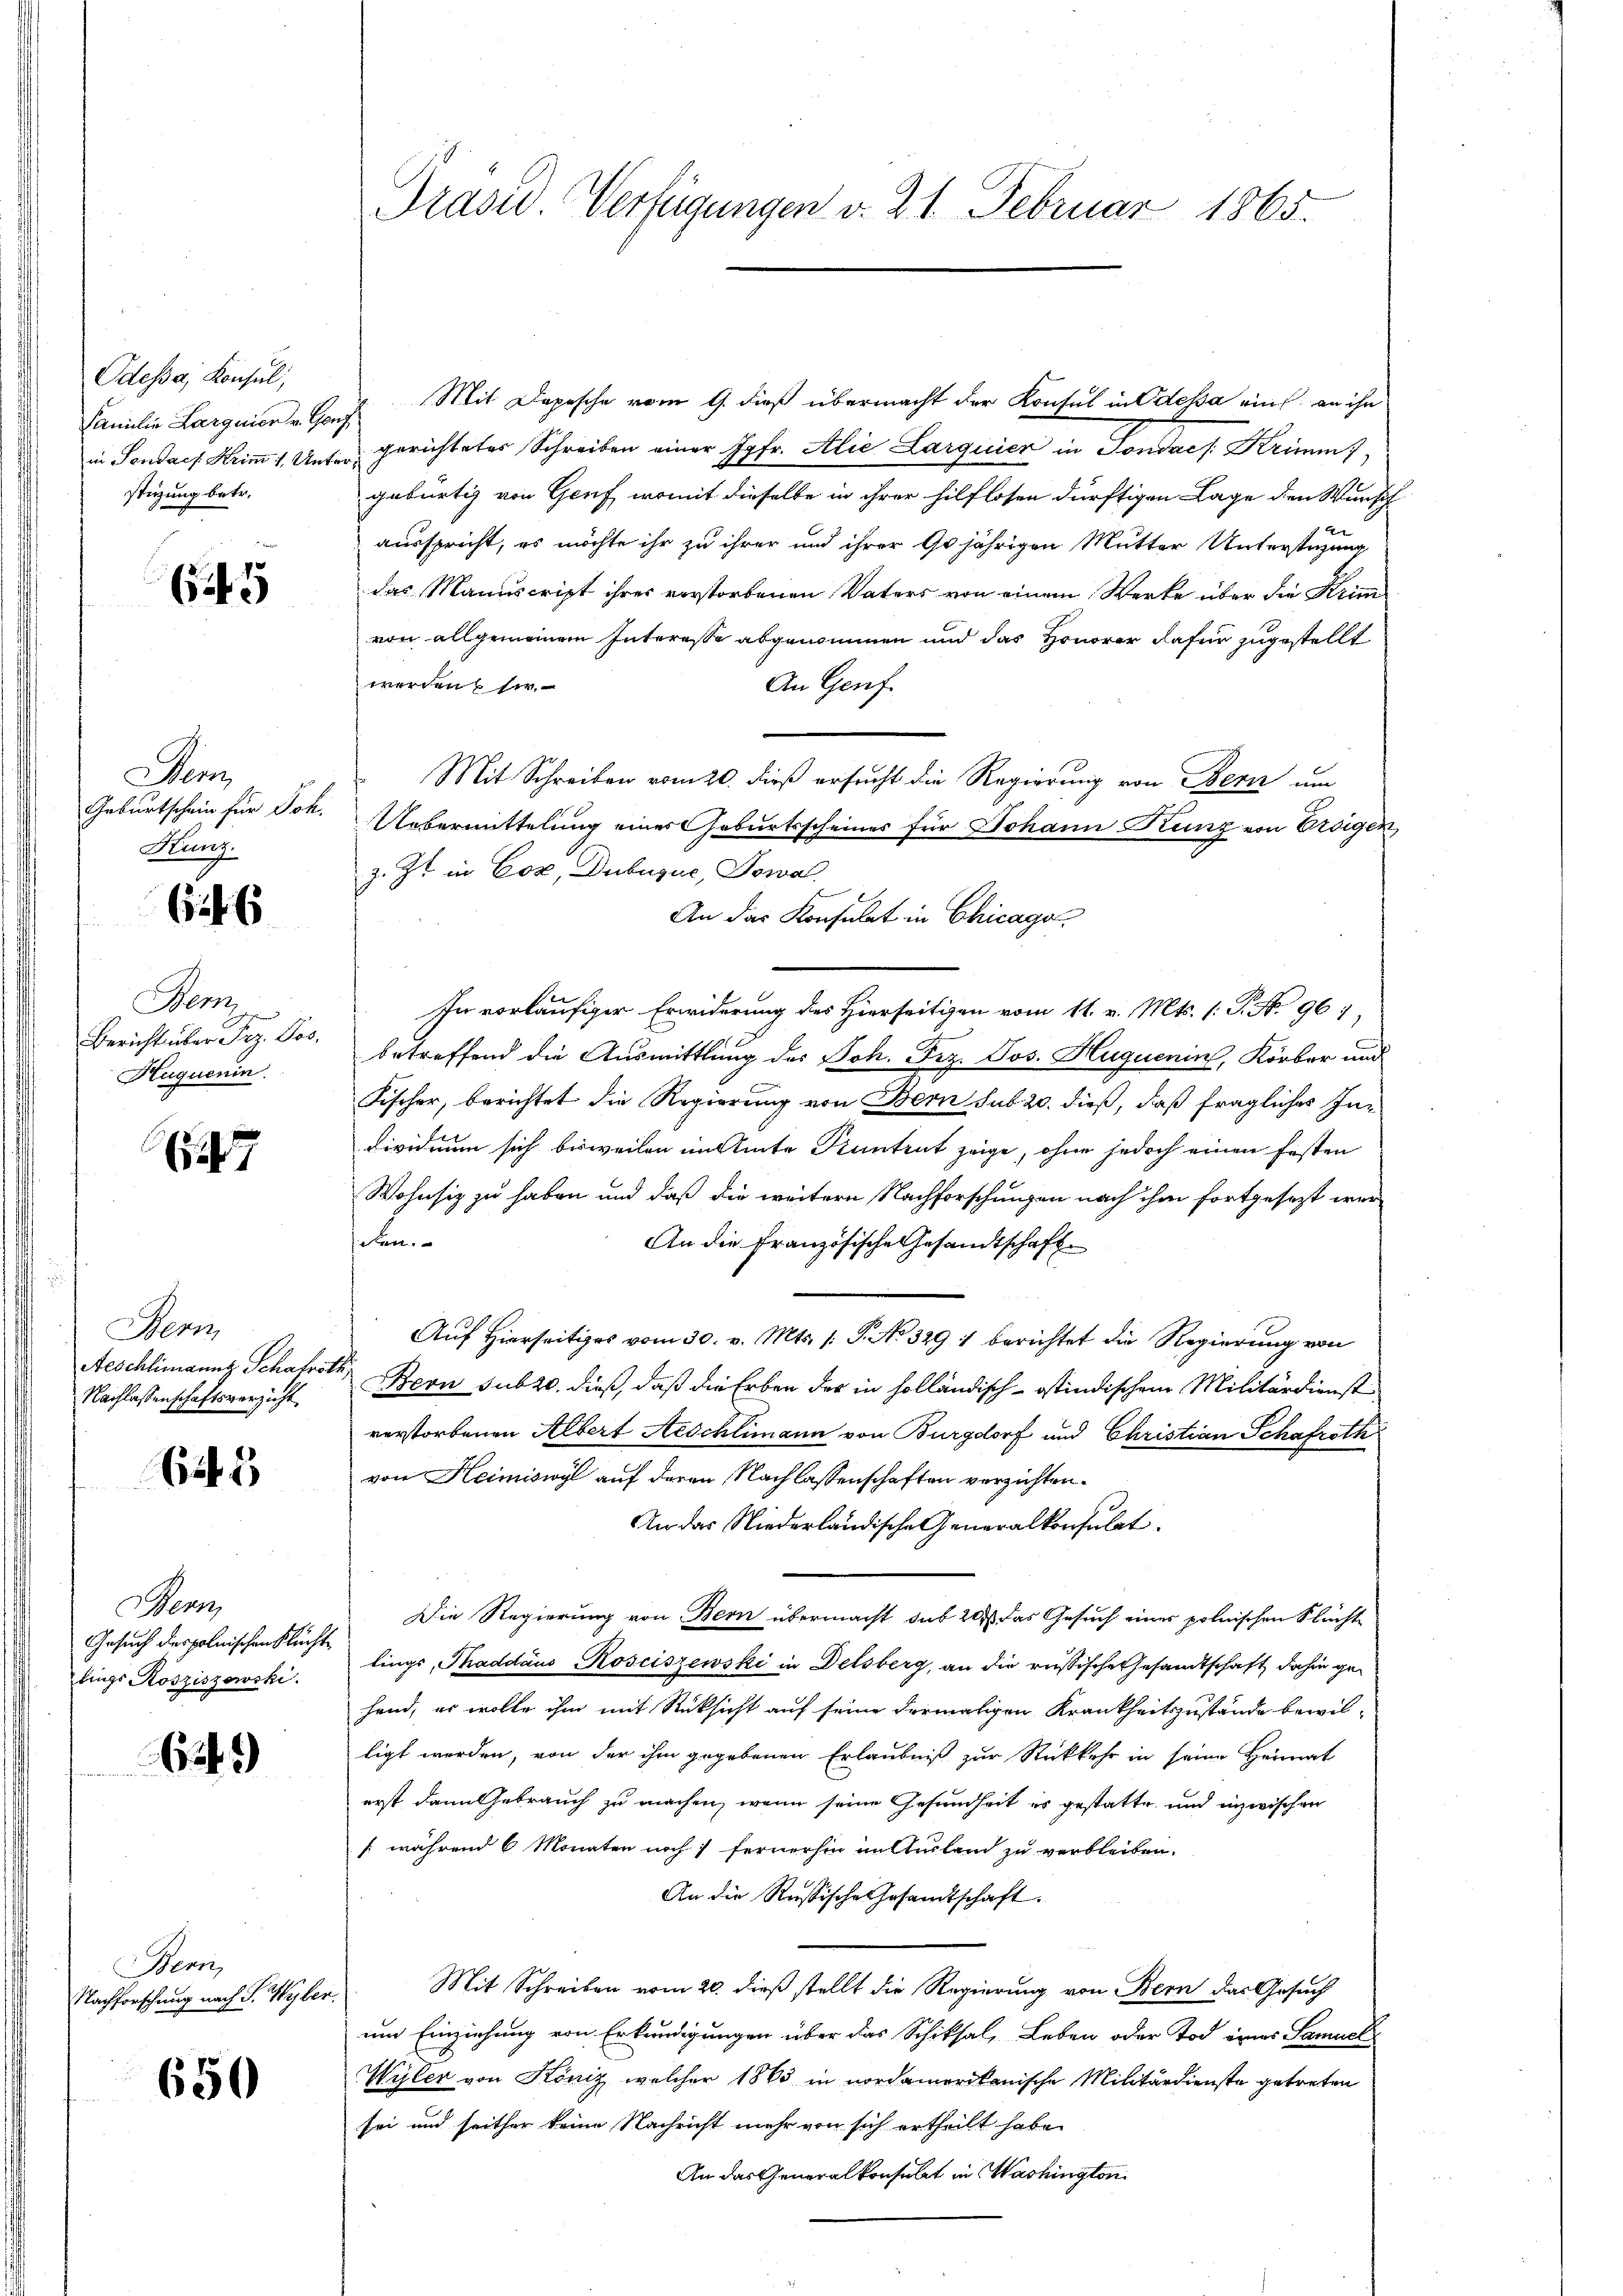
Odessa, Konsul,
Familie Larguier v. Genf
in Pendach Krim 1. Unterstigung betr.

55

em
Geburtschein für Joh.
Kunz.

66

Henz
Huquenin.

247

Bern,
Aeschlimanns Schafroth,
Nachlassenschaftsverzicht.

61

Bern,
Gesuch des polnischen Flüchte
lings Rösziszowski.

629)

Bern,
Nachforschung nach S. Wyber

650

Mit Depesche vom 9. dieß übermacht der Konsul in Odessa ein an ihn
gerichtetes Schreiben einer Jgfr. Alie Larquicz in Sondae /: Krimmt,
gebürtig von Genf, womit dieselbe in ihrer hilflosen dürftigen Lage den Wunsch
ausspricht, es möchte ihr zu ihrer und ihrer 90 jährigen Mutter Unterstüzung
das Manuscript ihres verstorbenen Vaters von einem Werke über die Krim
von allgemeinem Interesse abgenommen und das Honorar dafür zugestellt
werden her.
An Genf.
Mit Schreiben vom 20. dieß ersucht die Regierung von Bern um
Uebermittelung eines Geburtsscheines für Johann Kunz von Erdigen,
z. Zt. in Coz, Dubuque, Jowa
An das Konsulat in Chicago
In vorläufiger Erwiderung des Hierseitigen vom 11. v. Mts. (: P. No. 96,
Bericht über Frz. Jos. betreffend die Ausmittlung des Joh. Frz. Jos. Huguenin, Körber und
Fischer, berichtet die Regierung von Bern sub 20. dieß, daß fragliches In¬
Dividium sich bisweilen im Amte Kuntrut zeige, ohne jedoch einen festen
Wohnsiz zu haben und daß die weitern Nachforschungen nach ihm fortgesezt wer
eten.
An die Französische Gesandtschafte
Auf Hierseitiges vom 30. v. Mts. /: P. No 329 1 berichtet die Regierung von
Bern Subzo, dieß, daß die Erben des in holländisch-östindischem Militärdienst
vorstorbenen Albert Aeschlimann von Burgdorf und Christian Schafroth
von Heimiswyl auf deren Nachlassenschaften verzichten.
An das Niederländische Generalkonsulat
Die Regierung von Bern übermacht sub 20. das Gesuch eines polnischen Flüchte
lings, Thaddaus Rosciszewski in Delsberg, an die russische Gesandtschaft dahin gehand, er wolle ihm mit Rücksicht auf seine dermaligen Krankheitszustände bewilligt werden, von der ihm gegebenen Erlaubniß zur Rückkehr in seine Heimat
erst dann Gebrauch zu machen, wenn seine Gesundheit es gestatte, und inzwischen
/ während 6 Monaten noch 1 fernerhin im Ausland zu verbleiben.
An die Russische Gesandtschaft.
Mit Schreiben vom 20. dieß stellt die Regierung von Bern das Gesuch
um Einziehung von Erkundigungen über das Schiksal, Leben oder Tod eines Samuel
Wyler von König, welcher 1865 in nordamerikanische Militärdienste getreten
sei und seither keine Nachricht mehr von sich ertheilt habe.
An das Generalkonsulat in Washington

Präsid. Verfügungen v. 21. Februar 1865.